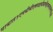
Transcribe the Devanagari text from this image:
गावात१एमबीबीएसपदवीधरवैद्यकव्यवसायीआहे